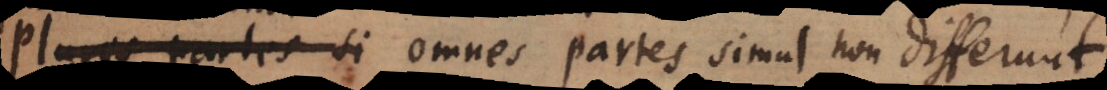
Plures partes si Omnes partes simul non differunt